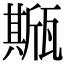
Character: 𤮓